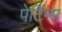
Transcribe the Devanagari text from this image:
पेटिंग्स